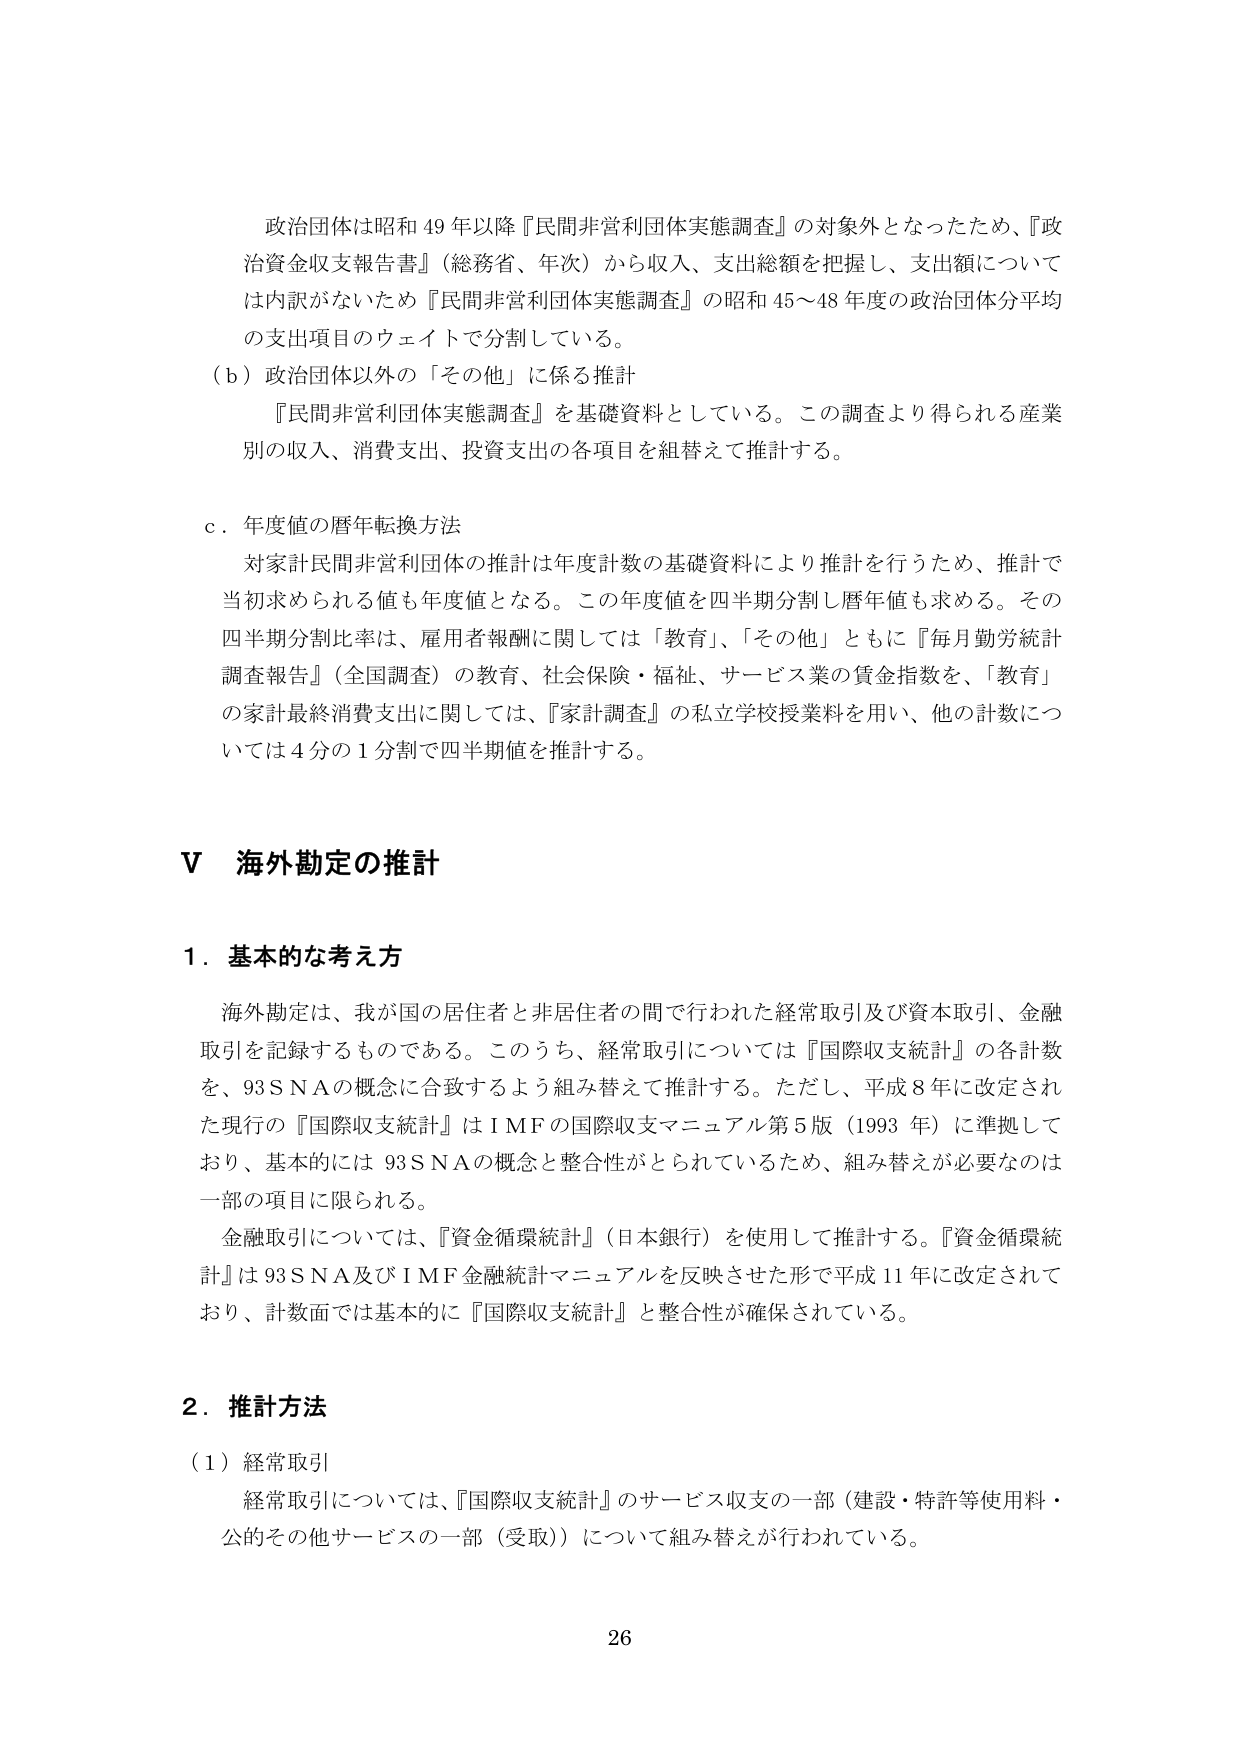
政治団体は昭和49年以降『民間非営利団体実態調査』の対象外となったため、『政治資金収支報告書』（総務省、年次）から収入、支出総額を把握し、支出額については内訳がないため『民間非営利団体実態調査』の昭和45～48年度の政治団体分平均の支出項目のウェイトで分割している。

（ｂ）政治団体以外の「その他」に係る推計

『民間非営利団体実態調査』を基礎資料としている。この調査より得られる産業別の収入、消費支出、投資支出の各項目を組替えて推計する。

ｃ．年度値の暦年転換方法

対家計民間非営利団体の推計は年度計数の基礎資料により推計を行うため、推計で当初求められる値も年度値となる。この年度値を四半期分割し暦年値も求める。その四半期分割比率は、雇用者報酬に関しては「教育」、「その他」ともに『毎月勤労統計調査報告』（全国調査）の教育、社会保険・福祉、サービス業の賃金指数を、「教育」の家計最終消費支出に関しては、『家計調査』の私立学校授業料を用い、他の計数については4分の1分割で四半期値を推計する。

Ⅴ 海外勘定の推計

１．基本的な考え方

海外勘定は、我が国の居住者と非居住者の間で行われた経常取引及び資本取引、金融取引を記録するものである。このうち、経常取引については『国際収支統計』の各計数を、93SNAの概念に合致するよう組み替えて推計する。ただし、平成8年に改定された現行の『国際収支統計』はIMFの国際収支マニュアル第5版（1993年）に準拠しており、基本的には93SNAの概念と整合性がとられているため、組み替えが必要なのは一部の項目に限られる。

金融取引については、『資金循環統計』（日本銀行）を使用して推計する。『資金循環統計』は93SNA及びIMF金融統計マニュアルを反映させた形で平成11年に改定されており、計数面では基本的に『国際収支統計』と整合性が確保されている。

２．推計方法

（１）経常取引

経常取引については、『国際収支統計』のサービス収支の一部（建設・特許等使用料・公のその他サービスの一部（受取））について組み替えが行われている。

26